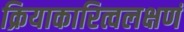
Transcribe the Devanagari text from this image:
क्रियाकारित्वलक्षणं